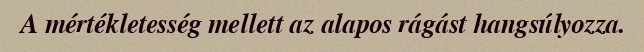
A mértékletesség mellett az alapos rágást hangsúlyozza.